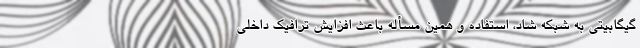
گیگابیتی به شبکه شاد، استفاده و همین مسأله باعث افزایش ترافیک داخلی